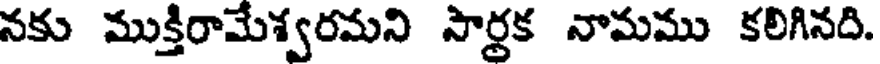
నకు ముక్తిరామేశ్వరమని సార్థక నామము కలిగినది.